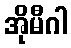
အိုမီဂါ